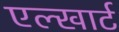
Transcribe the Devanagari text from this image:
एल्खार्ट